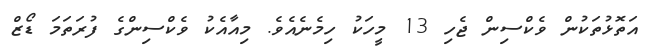
އަތޮޅުތަކުން ވެކްސިން ޖެހި 13 މީހަކު ހިމެނެއެވެ. މިއާއެކު ވެކްސިންގެ ފުރަތަމަ ޑޯޒް